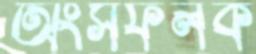
অংসফলক